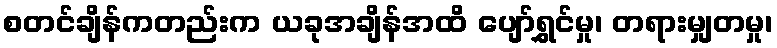
စတင်ချိန်ကတည်းက ယခုအချိန်အထိ ပျော်ရွှင်မှု၊ တရားမျှတမှု၊